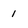
Character: 1